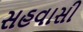
સહવાસી